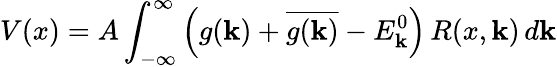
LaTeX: V(x)=A\int_{-\infty}^{\infty}\left(g(\mathbf{k})+{\overline{{{g(\mathbf{k})}}}}-E_{\mathbf{k}}^{0}\right)\, R(x,\mathbf{k})\, d\mathbf{k}